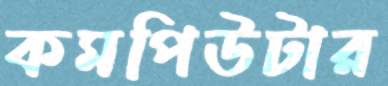
কমপিউটার